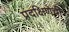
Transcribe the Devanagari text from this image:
प्रदक्षिणेची